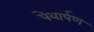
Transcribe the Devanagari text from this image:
पेयार्पण